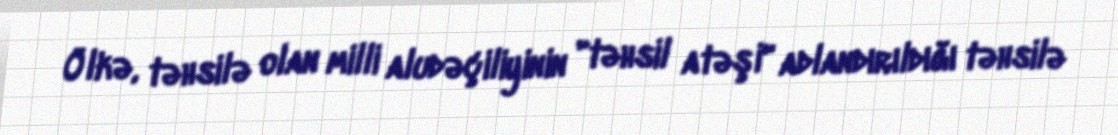
Ölkə, təhsilə olan milli aludəçiliyinin "təhsil atəşi" adlandırıldığı təhsilə